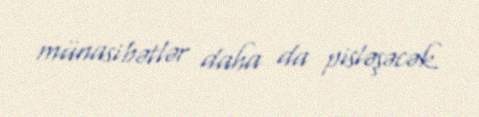
münasibətlər daha da pisləşəcək.